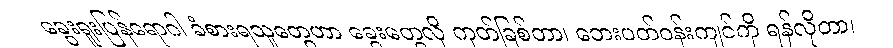
ခွေးရူးပြန်ရောဂါ ခံစားရသူတွေဟာ ခွေးတွေလို ကုတ်ခြစ်တာ၊ ဘေးပတ်ဝန်းကျင်ကို ရန်လိုတာ၊